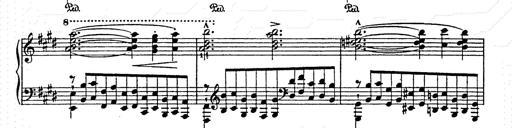
Title: AnnÃ©es de pÃ¨lerinage II
Composer: Franz Liszt